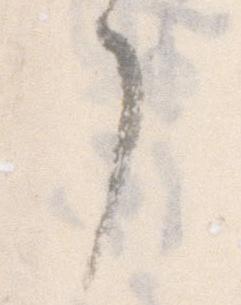
了